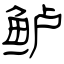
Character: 鲈